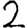
Digit: 2